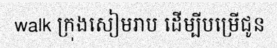
walk ក្រុងសៀមរាប ដើម្បីបម្រើជូន